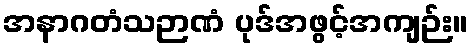
အနာဂတံသဉာဏံ ပုဒ်အဖွင့်အကျဉ်း။